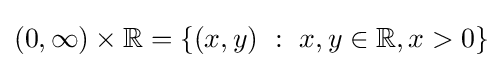
(0,\infty )\times \mathbb {R} =\left\{(x,y)~:~x,y\in \mathbb {R} ,x>0\right\}